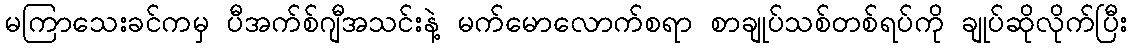
မကြာသေးခင်ကမှ ပီအက်စ်ဂျီအသင်းနဲ့ မက်မောလောက်စရာ စာချုပ်သစ်တစ်ရပ်ကို ချုပ်ဆိုလိုက်ပြီး